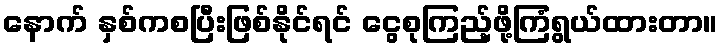
နောက် နှစ်ကစပြီးဖြစ်နိုင်ရင် ငွေစုကြည့်ဖို့ကြံရွယ်ထားတာ။